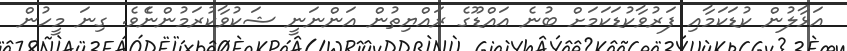
އަޅާލުން ކުޑަކަމާއި ފަރުވާކުޑަކަމަށް ބުނެ އައްޑޫގެ ރައްޔިތުން އަންނަނީ ޝަކުވާކުރަމުންނެެވެ. ގިނަ މީހުން